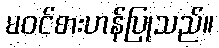
မဝင်စားဟန်ပြုသည်။